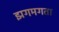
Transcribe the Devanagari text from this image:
झगमगता